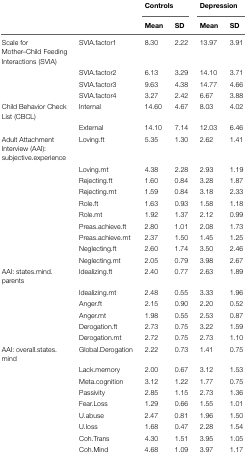
<table><thead><tr><td></td><td></td><td colspan="2"><b>Controls</b></td><td colspan="2"><b>Depression</b></td></tr><tr><td></td><td></td><td><b>Mean</b></td><td><b>SD</b></td><td><b>Mean</b></td><td><b>SD</b></td></tr></thead><tbody><tr><td>Scale for Mother–Child Feeding Interactions (SVIA)</td><td>SVIA.factor1</td><td>8.30</td><td>2.22</td><td>13.97</td><td>3.91</td></tr><tr><td></td><td>SVIA.factor2</td><td>6.13</td><td>3.29</td><td>14.10</td><td>3.71</td></tr><tr><td></td><td>SVIA.factor3</td><td>9.63</td><td>4.38</td><td>14.77</td><td>4.66</td></tr><tr><td></td><td>SVIA.factor4</td><td>3.27</td><td>2.42</td><td>6.67</td><td>3.88</td></tr><tr><td>Child Behavior Check List (CBCL)</td><td>Internal</td><td>14.60</td><td>4.67</td><td>8.03</td><td>4.02</td></tr><tr><td></td><td>External</td><td>14.10</td><td>7.14</td><td>12.03</td><td>6.46</td></tr><tr><td>Adult Attachment Interview (AAI): subjective.experience</td><td>Loving.ft</td><td>5.35</td><td>1.30</td><td>2.62</td><td>1.41</td></tr><tr><td></td><td>Loving.mt</td><td>4.38</td><td>2.28</td><td>2.93</td><td>1.19</td></tr><tr><td></td><td>Rejecting.ft</td><td>1.60</td><td>0.84</td><td>3.28</td><td>1.87</td></tr><tr><td></td><td>Rejecting.mt</td><td>1.59</td><td>0.84</td><td>3.18</td><td>2.33</td></tr><tr><td></td><td>Role.ft</td><td>1.63</td><td>0.93</td><td>1.58</td><td>1.18</td></tr><tr><td></td><td>Role.mt</td><td>1.92</td><td>1.37</td><td>2.12</td><td>0.99</td></tr><tr><td></td><td>Preas.achieve.ft</td><td>2.80</td><td>1.01</td><td>2.08</td><td>1.73</td></tr><tr><td></td><td>Preas.achieve.mt</td><td>2.37</td><td>1.50</td><td>1.45</td><td>1.25</td></tr><tr><td></td><td>Neglecting.ft</td><td>2.60</td><td>1.74</td><td>3.50</td><td>2.46</td></tr><tr><td></td><td>Neglecting.mt</td><td>2.05</td><td>0.79</td><td>3.98</td><td>2.67</td></tr><tr><td>AAI: states.mind. parents</td><td>Idealizing.ft</td><td>2.40</td><td>0.77</td><td>2.63</td><td>1.89</td></tr><tr><td></td><td>Idealizing.mt</td><td>2.48</td><td>0.55</td><td>3.33</td><td>1.96</td></tr><tr><td></td><td>Anger.ft</td><td>2.15</td><td>0.90</td><td>2.20</td><td>0.52</td></tr><tr><td></td><td>Anger.mt</td><td>1.98</td><td>0.55</td><td>2.53</td><td>0.87</td></tr><tr><td></td><td>Derogation.ft</td><td>2.73</td><td>0.75</td><td>3.22</td><td>1.59</td></tr><tr><td></td><td>Derogation.mt</td><td>2.72</td><td>0.75</td><td>2.73</td><td>1.10</td></tr><tr><td>AAI: overall.states. mind</td><td>Global.Derogation</td><td>2.22</td><td>0.73</td><td>1.41</td><td>0.75</td></tr><tr><td></td><td>Lack.memory</td><td>2.00</td><td>0.67</td><td>3.12</td><td>1.53</td></tr><tr><td></td><td>Meta.cognition</td><td>3.12</td><td>1.22</td><td>1.77</td><td>0.75</td></tr><tr><td></td><td>Passivity</td><td>2.85</td><td>1.15</td><td>2.73</td><td>1.36</td></tr><tr><td></td><td>Fear.Loss</td><td>1.29</td><td>0.66</td><td>1.55</td><td>1.01</td></tr><tr><td></td><td>U.abuse</td><td>2.47</td><td>0.81</td><td>1.96</td><td>1.50</td></tr><tr><td></td><td>U.loss</td><td>1.68</td><td>0.47</td><td>2.28</td><td>1.54</td></tr><tr><td></td><td>Coh.Trans</td><td>4.30</td><td>1.51</td><td>3.95</td><td>1.05</td></tr><tr><td></td><td>Coh.Mind</td><td>4.68</td><td>1.09</td><td>3.97</td><td>1.17</td></tr></tbody></table>